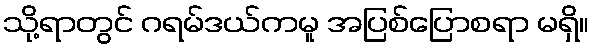
သို့ရာတွင် ဂရမ်ဒယ်ကမူ အပြစ်ပြောစရာ မရှိ။